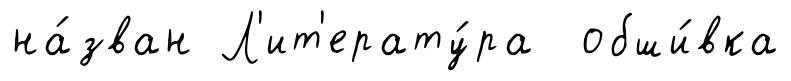
на́зван Л'ит'ерату́ра обши́вка